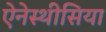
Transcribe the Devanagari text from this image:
ऐनेस्थीसिया